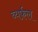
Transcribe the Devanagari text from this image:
व्यर्फ़ल